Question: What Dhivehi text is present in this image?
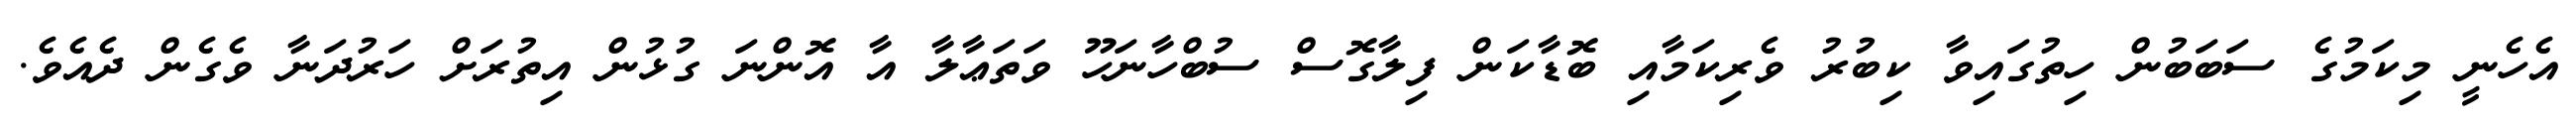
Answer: އެހެނީ މިކަމުގެ ސަބަބުން ހިތުގައިވާ ކިބުރު ވެރިކަމާއި ބޮޑާކަން ފިލާގޮސް ސުބްހާނަހޫ ވަތަޢާލާ އާ އޮންނަ ގުޅުން އިތުރަށް ހަރުދަނާ ވެގެން ދެއެވެ.